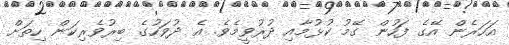
އަހަރެން އޭގެ ފަހުން ގޭމު ކުޅުމާއި ދުރުވީމެވެ. އެ ދުވަހުގެ ބިރުވެރިކަން ހިތަށް